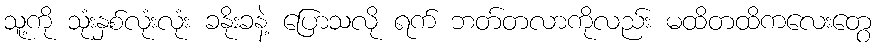
သူ့ကို သုံးနှစ်လုံးလုံး ခနိုးခနဲ့ ပြောသလို ရက် ဘတ်တလာကိုလည်း မထိတထိကလေးတွေ